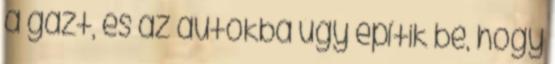
a gázt, és az autókba úgy építik be, hogy